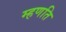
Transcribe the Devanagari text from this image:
म्हणति